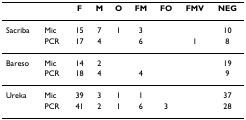
<table><thead><tr><td></td><td></td><td><b>F</b></td><td><b>M</b></td><td><b>O</b></td><td><b>FM</b></td><td><b>FO</b></td><td><b>FMV</b></td><td><b>NEG</b></td></tr></thead><tbody><tr><td>Sacriba</td><td>Mic</td><td>15</td><td>7</td><td>1</td><td>3</td><td></td><td></td><td>10</td></tr><tr><td></td><td>PCR</td><td>17</td><td>4</td><td></td><td>6</td><td></td><td>1</td><td>8</td></tr><tr><td>Bareso</td><td>Mic</td><td>14</td><td>2</td><td></td><td></td><td></td><td></td><td>19</td></tr><tr><td></td><td>PCR</td><td>18</td><td>4</td><td></td><td>4</td><td></td><td></td><td>9</td></tr><tr><td>Ureka</td><td>Mic</td><td>39</td><td>3</td><td>1</td><td>1</td><td></td><td></td><td>37</td></tr><tr><td></td><td>PCR</td><td>41</td><td>2</td><td>1</td><td>6</td><td>3</td><td></td><td>28</td></tr></tbody></table>